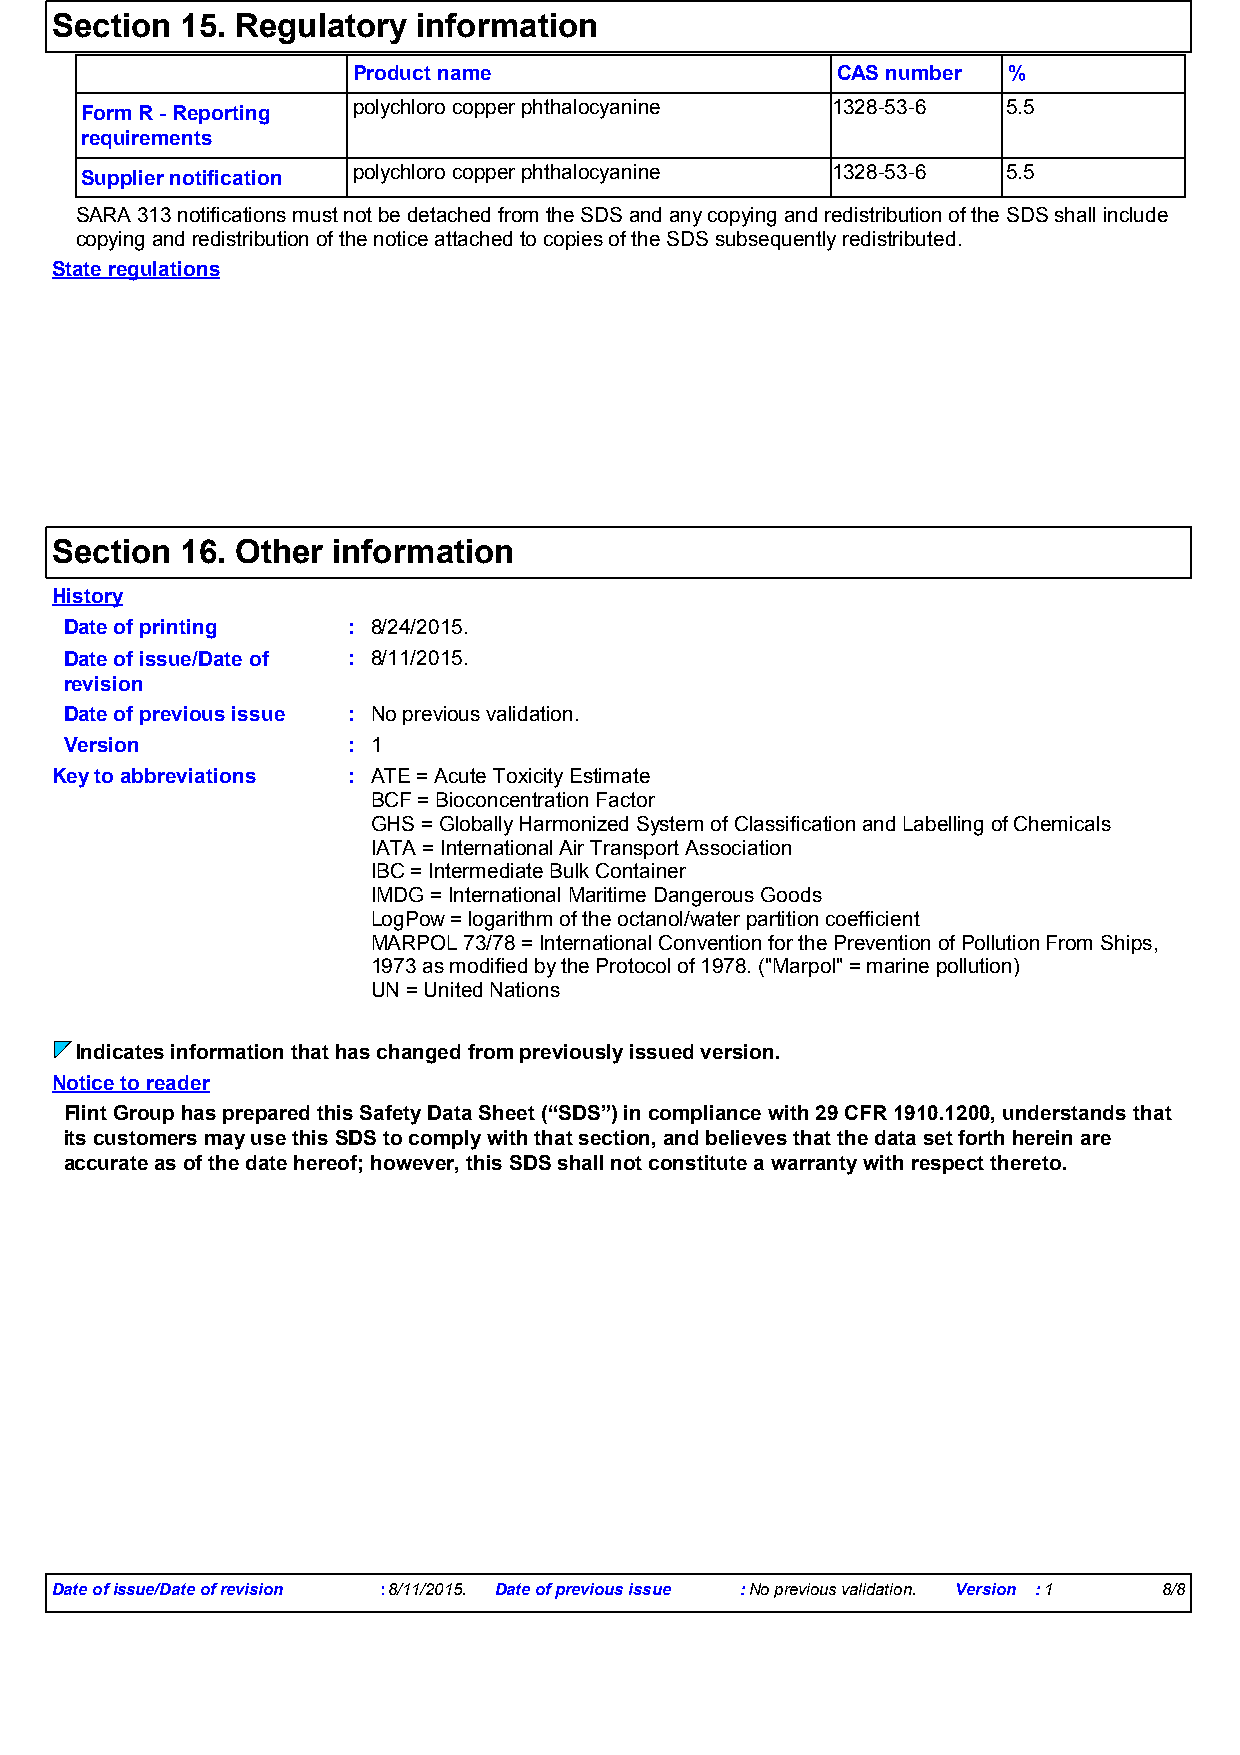
Section  15. Regulatory  information
 Product name                    CAS number  %
 Form R - Reporting polychloro copper phthalocyanine 1328-53-6 5.5
 requirements
 Supplier notification polychloro copper phthalocyanine 1328-53-6 5.5
 SARA 313 notifications must not be detached from the SDS and any copying and redistribution of the SDS shall include
 copying and redistribution of the notice attached to copies of the SDS subsequently redistributed.
 State regulations
 Section  16. Other information
 History
 Date of printing   : 8/24/2015.
 Date of issue/Date of : 8/11/2015.
 revision
 Date of previous issue : No previous validation.
 Version            : 1
 Key to abbreviations : ATE = Acute Toxicity Estimate
 BCF = Bioconcentration Factor
 GHS = Globally Harmonized System of Classification and Labelling of Chemicals
 IATA = International Air Transport Association
 IBC = Intermediate Bulk Container
 IMDG = International Maritime Dangerous Goods
 LogPow = logarithm of the octanol/water partition coefficient
 MARPOL 73/78 = International Convention for the Prevention of Pollution From Ships,
 1973 as modified by the Protocol of 1978. ("Marpol" = marine pollution)
 UN = United Nations
 Indicates information that has changed from previously issued version.
 Notice to reader
 Flint Group has prepared this Safety Data Sheet (“SDS”) in compliance with 29 CFR 1910.1200, understands that
 its customers may use this SDS to comply with that section, and believes that the data set forth herein are
 accurate as of the date hereof; however, this SDS shall not constitute a warranty with respect thereto.
 Date of issue/Date of revision :8/11/2015. Date of previous issue :No previous validation. Version :1 8/8